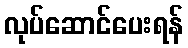
လုပ်ဆောင်ပေးရန်